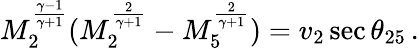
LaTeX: \begin{array}{r}{M_{2}^{\frac{\gamma-1}{\gamma+1}}(M_{2}^{\frac{2}{\gamma+1}}-M_{5}^{\frac{2}{\gamma+1}})=v_{2}\sec{\theta_{25}}\, .}\end{array}